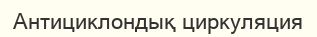
Антициклондық циркуляция